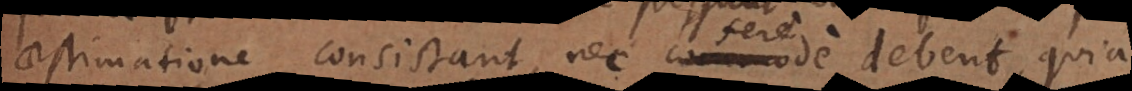
aestimatione consistant, nec commode debent, quia